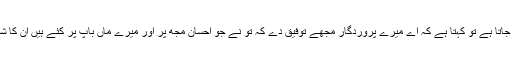
یہاں تک کہ جب خوب جوان ہوتا ہے اور چالیس برس کو پہنچ جاتا ہے تو کہتا ہے کہ اے میرے پروردگار مجھے توفیق دے کہ تو نے جو احسان مجھ پر اور میرے ماں باپ پر کئے ہیں ان کا شکر گزار ہوں اور یہ کہ نیک عمل کروں جن کو تو پسند کرے۔